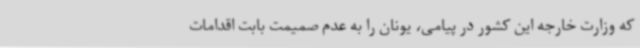
که وزارت خارجه این کشور در پیامی، یونان را به عدم صمیمت بابت اقدامات